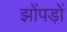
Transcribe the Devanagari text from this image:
झोंपड़ों